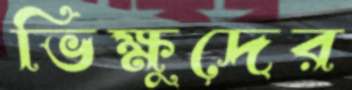
ভিক্ষুদের